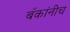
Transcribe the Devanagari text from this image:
बँकांनीच